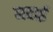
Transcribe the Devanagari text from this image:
महाई